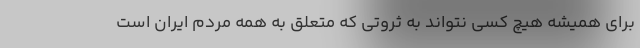
برای همیشه هیچ کسی نتواند به ثروتی که متعلق به همه مردم ایران است